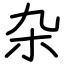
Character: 杂